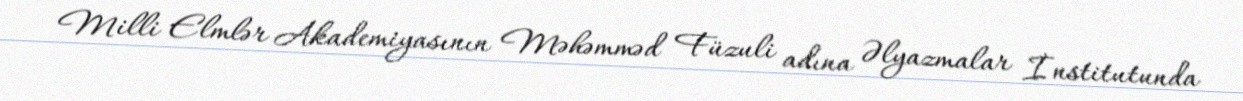
Milli Elmlər Akademiyasının Məhəmməd Füzuli adına Əlyazmalar İnstitutunda